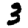
Digit: 3